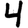
Digit: 4